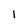
Character: I